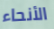
الأنحاء